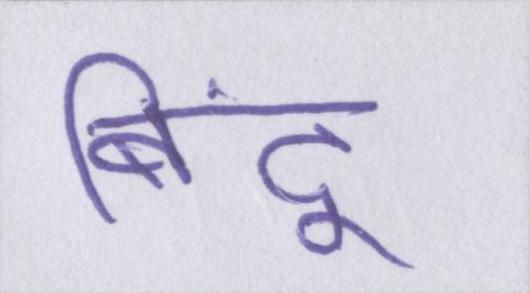
बिंदू